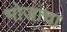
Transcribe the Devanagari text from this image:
भोजाचा